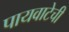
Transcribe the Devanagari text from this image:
पायवाटेची